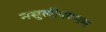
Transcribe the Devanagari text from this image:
मसुलीपटनम